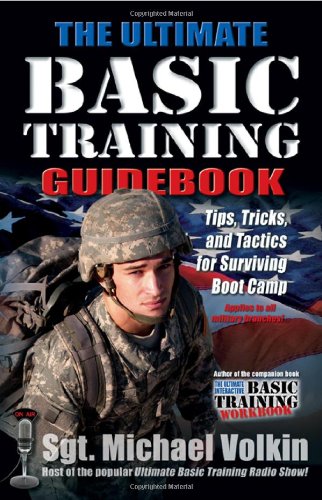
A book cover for The Ultimate Basic Training Guidebook: Tips, Tricks, and Tactics for Surviving Boot Camp; Michael Volkin; History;